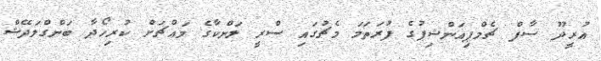
އުރީދޫ ސާފް ޗެމްޕިއަންޝިޕުގެ ފުރަތަމަ މެޗުގައި ސްރީ ލަންކާގެ މައްޗަށް ކުރިހޯދާ ބަންގްލަދޭޝް